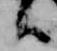
言